Lunatic asylums Madras 1877-1891 - 1877-1891
Year: 1877
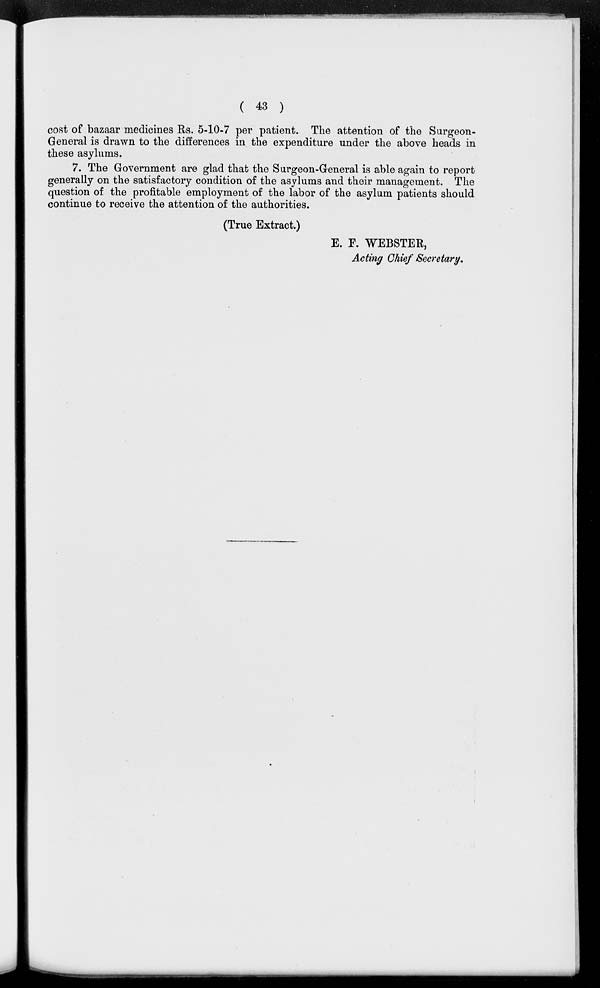
( 43 )
cost of bazaar medicines Rs. 5-10-7 per patient. The attention of the Surgeon-
General is drawn to the differences in the expenditure under the above heads in
these asylums.
7. The Government are glad that the Surgeon-General is able again to report
generally on the satisfactory condition of the asylums and their management. The
question of the profitable employment of the labor of the asylum patients should
continue to receive the attention of the authorities.
(True Extract.)
E. F. WEBSTER,
Acting Chief Secretary.